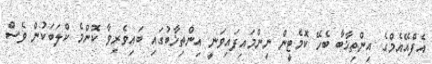
އެފްއޭއެމްގެ އިންތިޚާބާ ބެހޭ ކޮމެޓީން ނިންމައިފައިވަނީ އިންތިޚާބުގައި ބައިވެރިވާ ކޮންމެ ކްލަބަކުން ވެސް